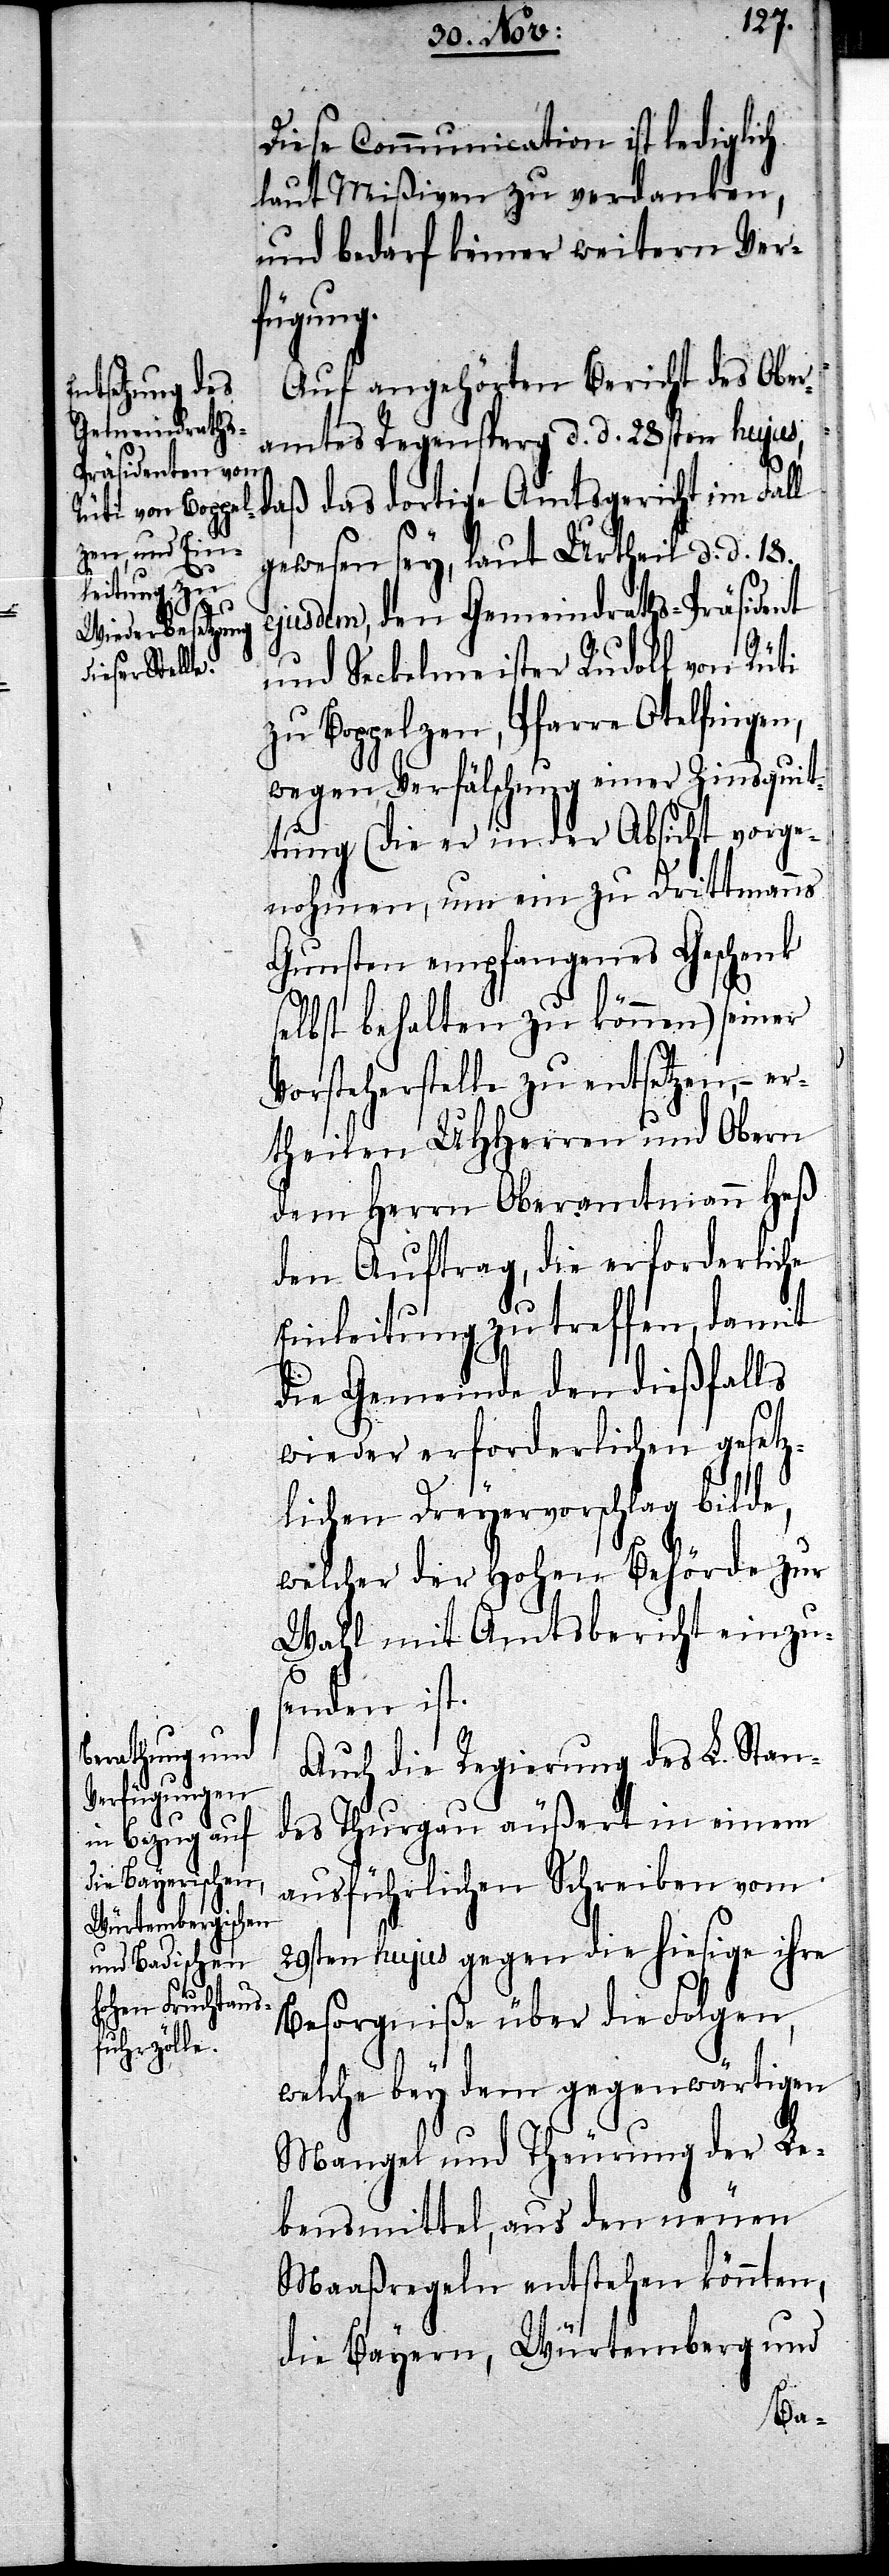
Diese Communication ist lediglich
laut Mißiven zu verdanken,
und bedarf keiner weitern Ver¬
fügung.
Auf angehörten Bericht des Ober¬
amtes Regensperg d. d. 28sten hujus,
daß das dortige Amtsgericht im Fall
gewesen sey, laut Urtheil d. d. 18.
ejusdem, den Gemeindraths-Präsident
und Seckelmeister Rudolf von Rüti
zu Boppelzen, Pfarre Otelfingen,
wegen Verfälschung einer Zinsquit¬
tung (die er in der Absicht vorge¬
nohmen, um ein zu Drittmanns
Gunsten empfangenes Geschenk
selbst behalten zu können) seiner
Vorsteherstelle zu entsetzen, – e¬
rtheilen UHHerren und Obern
dem Herrn Oberamtmann Heß
den Auftrag, die erforderliche
Einleitung zu treffen, damit
die Gemeinde den dießfalls
wieder erforderlichen gesetz¬
lichen Dreyervorschlag bilde,
welcher der Hohen Behörde zur
Wahl mit Amtsbericht einzu¬
senden ist.
Auch die Regierung des L. Stan¬
des Thurgau äußert in einem
ausführlichen Schreiben vom
29sten hujus gegen die hiesige ihre
Besorgniße über die Folgen,
welche bey dem gegenwärtigen
Mangel und Theurung der Le¬
bensmittel, aus den neuen
Maaßregeln entstehen könnten,
die Bayern, Würtemberg und